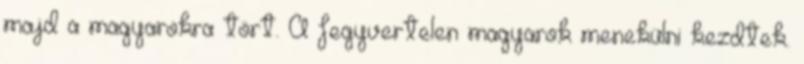
majd a magyarokra tört. A fegyvertelen magyarok menekülni kezdtek.